Report of the Indian Hemp Drugs Commission, 1894-1895 - Volume IV
Year: 1894
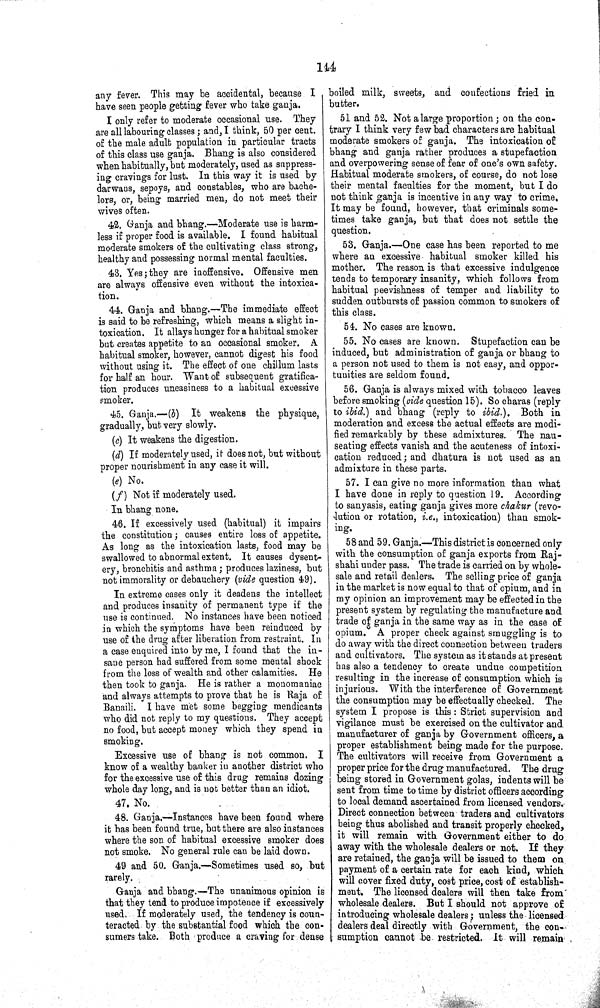
144
any fever. This may be accidental, because I
have seen people getting fever who take ganja.
I only refer to moderate occasional use. They
are all labouring classes; and, I think, 50 per cent.
of the male adult population in particular tracts
of this class use ganja. Bhang is also considered
when habitually, but moderately, used as suppress¬
ing cravings for lust. In this way it is used by
darwans, sepoys, and constables, who are bache¬
lors, or, being married men, do not meet their
wives often.
42. Ganja and bhang.—Moderate use is harm¬
less if proper food is available. I found habitual
moderate smokers of the cultivating class strong,
healthy and possessing normal mental faculties.
43. Yes; they are inoffensive. Offensive men
are always offensive even without the intoxica¬
tion.
44. Ganja and bhang.—The immediate effect
is said to be refreshing, which means a slight in¬
toxication. It allays hunger for a habitual smoker
but creates appetite to an occasional smoker. A
habitual smoker, however, cannot digest his food
without using it. The effect of one chillum lasts
for half an hour. Want of subsequent gratifica¬
tion produces uneasiness to a habitual excessive
smoker.
45. Ganja.—(b) It weakens the physique,
gradually, but very slowly.
(c) It weakens the digestion.
(d) If moderately used, it does not, but without
proper nourishment in any case it will.
(e) No.
(f) Not if moderately used.
In bhang none.
46. If excessively used (habitual) it impairs
the constitution; causes entire loss of appetite.
As long as the intoxication lasts, food may be
swallowed to abnormal extent. It causes dysent¬
ery, bronchitis and asthma; produces laziness, but
not immorality or debauchery (vide question 49).
In extreme cases only it deadens the intellect
and produces insanity of permanent type if the
use is continued. No instances have been noticed
in which the symptoms have been reinduced by
use of the drug after liberation from restraint. In
a case enquired into by me, I found that the in¬
sane person had suffered from some mental shock
from the loss of wealth and other calamities. He
then took to ganja. He is rather a monomaniac
and always attempts to prove that he is Raja of
Banaili. I have met some begging mendicants
who did not reply to my questions. They accept
no food, but accept money which they spend in
smoking.
Excessive use of bhang is not common. I
know of a wealthy banker in another district who
for the excessive use of this drug remains dozing
whole day long, and is not better than an idiot.
47. No.
48. Ganja,—Instances have been found where
it has been found true, but there are also instances
where the son of habitual excessive smoker does
not smoke. No general rule can be laid down.
49 and 50. Ganja.—Sometimes used so, but
rarely.
Ganja and bhang.—The unanimous opinion is
that they tend to produce impotence if excessively
used. If moderately used, the tendency is coun¬
teracted by the substantial food which the con¬
sumers take. Both produce a craving for dense
boiled milk, sweets, and confections fried in
butter.
51 and 52. Not a large proportion; on the con-
trary I think very few bad characters are habitual
moderate smokers of ganja. The intoxication of
bhang and ganja rather produces a stupefaction
and overpowering sense of fear of one's own safety.
Habitual moderate smokers, of course, do not lose
their mental faculties for the moment, but I do
not think ganja is incentive in any way to crime.
It may be found, however, that criminals some¬
times take ganja, but that does not settle the
question.
53. Ganja.—One case has been reported to me
where an excessive habitual smoker killed his
mother. The reason is that excessive indulgence
tends to temporary insanity, which follows from
habitual peevishness of temper and liability to
sudden outbursts of passion common to smokers of
this class.
54. No cases are known.
55. No cases are known. Stupefaction can be
induced, but administration of ganja or bhang to
a person not used to them is not easy, and oppor¬
tunities are seldom found.
56. Ganja is always mixed with tobacco leaves
before smoking (vide question 15). So charas (reply
to ibid.) and bhang (reply to ibid.). Both in
moderation and excess the actual effects are modi¬
fied remarkably by these admixtures. The nau¬
seating effects vanish and the acuteness of intoxi¬
cation reduced; and dhatura is not used as an
admixture in these parts.
57. I can give no more information than what
I have done in reply to question 19. According
to sanyasis, eating ganja gives more chakur (revo¬
lution or rotation, i.e., intoxication) than smok¬
ing.
58 and 59. Ganja.—This district is concerned only
with the consumption of ganja exports from Raj-
shahi under pass. The trade is carried on by whole¬
sale and retail dealers. The selling price of ganja
in the market is now equal to that of opium, and in
my opinion an improvement may be effected in the
present system by regulating the manufacture and
trade of ganja in the same way as in the case of
opium. A proper check against smuggling is to
do away with the direct connection between traders
and cultivators. The system as it stands at present
has also a tendency to create undue competition
resulting in the increase of consumption which is
injurious. With the interference of Government
the consumption may be effectually checked. The
system I propose is this: Strict supervision and
vigilance must be exercised on the cultivator and
manufacturer of ganja by Government officers, a
proper establishment being made for the purpose.
The cultivators will receive from Government a
proper price for the drug manufactured. The drug
being stored in Government golas, indents will be
sent from time to time by district officers according
to local demand ascertained from licensed vendors.
Direct connection between traders and cultivators
being thus abolished and transit properly checked,
it will remain with Government either to do
away with the wholesale dealers or not. If they
are retained, the ganja will be issued to them on
payment of a certain rate for each kind, which
will cover fixed duty, cost price, cost of establish¬
ment. The licensed dealers will then take from
wholesale dealers. But I should not approve of
introducing wholesale dealers; unless the licensed
dealers deal directly with Government, the con-
sumption cannot be restricted. It will remain